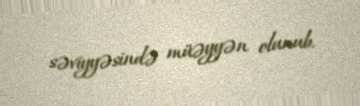
səviyyəsində müəyyən olunub.